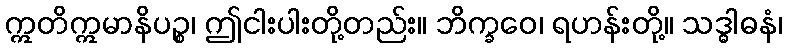
ဣတိဣမာနိပဉ္စ၊ ဤငါးပါးတို့တည်း။ ဘိက္ခဝေ၊ ရဟန်းတို့။ သဒ္ဓါဓနံ၊